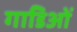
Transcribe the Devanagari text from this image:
गाडिओं